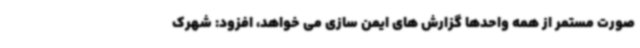
صورت مستمر از همه واحدها گزارش های ایمن سازی می خواهد، افزود: شهرک